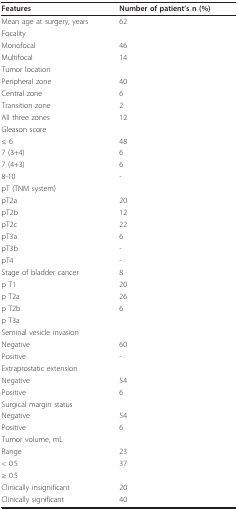
<table><thead><tr><td><b>Features</b></td><td><b>Number of patient&#x27;s n (%)</b></td></tr></thead><tbody><tr><td>Mean age at surgery, years</td><td>62</td></tr><tr><td>Focality</td><td></td></tr><tr><td>Monofocal</td><td>46</td></tr><tr><td>Multifocal</td><td>14</td></tr><tr><td>Tumor location</td><td></td></tr><tr><td>Peripheral zone</td><td>40</td></tr><tr><td>Central zone</td><td>6</td></tr><tr><td>Transition zone</td><td>2</td></tr><tr><td>All three zones</td><td>12</td></tr><tr><td>Gleason score</td><td></td></tr><tr><td>≤ 6</td><td>48</td></tr><tr><td>7 (3+4)</td><td>6</td></tr><tr><td>7 (4+3)</td><td>6</td></tr><tr><td>8-10</td><td>-</td></tr><tr><td>pT (TNM system)</td><td></td></tr><tr><td>pT2a</td><td>20</td></tr><tr><td>pT2b</td><td>12</td></tr><tr><td>pT2c</td><td>22</td></tr><tr><td>pT3a</td><td>6</td></tr><tr><td>pT3b</td><td>-</td></tr><tr><td>pT4</td><td>-</td></tr><tr><td>Stage of bladder cancer</td><td>8</td></tr><tr><td>p T1</td><td>20</td></tr><tr><td>p T2a</td><td>26</td></tr><tr><td>p T2b</td><td>6</td></tr><tr><td>p T3a</td><td></td></tr><tr><td>Seminal vesicle invasion</td><td></td></tr><tr><td>Negative</td><td>60</td></tr><tr><td>Positive</td><td>-</td></tr><tr><td>Extraprostatic extension</td><td></td></tr><tr><td>Negative</td><td>54</td></tr><tr><td>Positive</td><td>6</td></tr><tr><td>Surgical margin status</td><td></td></tr><tr><td>Negative</td><td>54</td></tr><tr><td>Positive</td><td>6</td></tr><tr><td>Tumor volume, mL</td><td></td></tr><tr><td>Range</td><td>23</td></tr><tr><td>&lt; 0.5</td><td>37</td></tr><tr><td>≥ 0.5</td><td></td></tr><tr><td>Clinically insignificant</td><td>20</td></tr><tr><td>Clinically significant</td><td>40</td></tr></tbody></table>